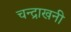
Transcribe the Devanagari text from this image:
चन्द्राखनी